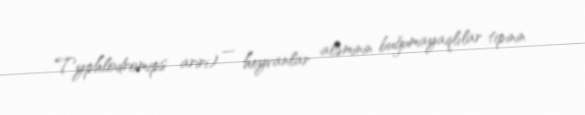
Typhlodromips ariri) — heyvanlar aləminin buğumayaqlılar tipinin